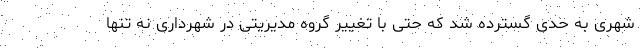
شهری به حدی گسترده شد که حتی با تغییر گروه مدیریتی در شهرداری نه تنها